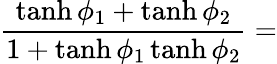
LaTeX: {\frac{\operatorname{tanh}\phi_{1}+\operatorname{tanh}\phi_{2}}{1+\operatorname{tanh}\phi_{1}\operatorname{tanh}\phi_{2}}}=